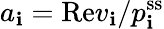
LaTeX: a_{\mathbf{i}}=\mathrm{{Re}}v_{\mathbf{i}}/p_{\mathbf{i}}^{\mathrm{{ss}}}